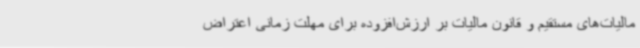
مالیات‌های مستقیم و قانون مالیات بر ارزش‌افزوده برای مهلت زمانی اعتراض